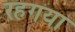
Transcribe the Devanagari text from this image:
रहगया